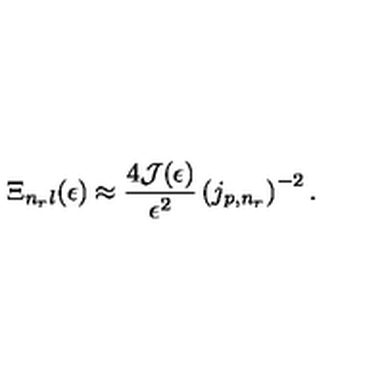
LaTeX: \Xi _ { n _ { r } l } ( \epsilon ) \approx \frac { 4 { \mathcal J } ( \epsilon ) } { \epsilon ^ { 2 } } \left( j _ { p , n _ { r } } \right) ^ { - 2 } .